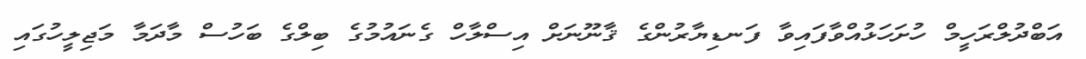
އަބްދުލްރަހީމް ހުށަހަޅުއްވާފައިވާ ފަނޑިޔާރުންގެ ޤާނޫނަށް އިސްލާހް ގެނައުމުގެ ބިލްގެ ބަހުސް މާދަމާ މަޖިލީހުގައި